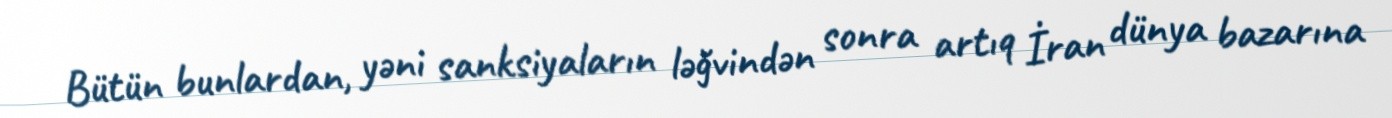
Bütün bunlardan, yəni sanksiyaların ləğvindən sonra artıq İran dünya bazarına